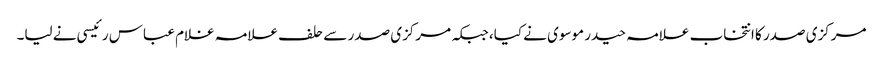
مرکزی صدر کا انتخاب علامہ حیدر موسوی نے کیا، جبکہ مرکزی صدر سے حلف علامہ غلام عباس رئیسی نے لیا۔